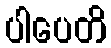
ပါပေတိ